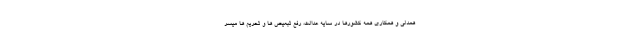
همدلی و همکاری همه کشورها در سایه عدالت، رفع تبعیض ها و تحریم ها میسر